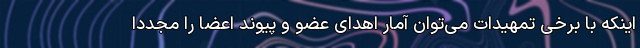
اینکه با برخی تمهیدات می‌توان آمار اهدای عضو و پیوند اعضا را مجددا